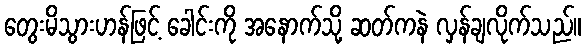
တွေးမိသွားဟန်ဖြင့် ခေါင်းကို အနောက်သို့ ဆတ်ကနဲ လှန်ချလိုက်သည်။